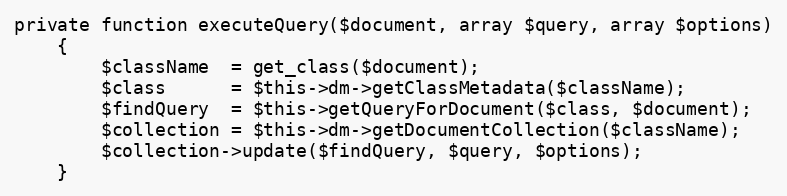
Language: PHP
private function executeQuery($document, array $query, array $options)
    {
        $className  = get_class($document);
        $class      = $this->dm->getClassMetadata($className);
        $findQuery  = $this->getQueryForDocument($class, $document);
        $collection = $this->dm->getDocumentCollection($className);
        $collection->update($findQuery, $query, $options);
    }